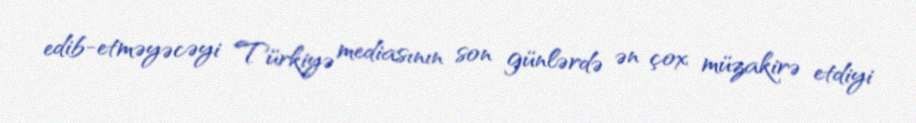
edib-etməyəcəyi Türkiyə mediasının son günlərdə ən çox müzakirə etdiyi